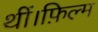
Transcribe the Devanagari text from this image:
थीं।फ़िल्म